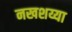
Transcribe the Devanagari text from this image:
नखशय्या